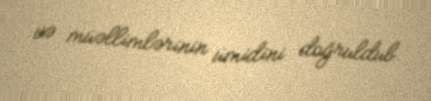
və müəllimlərinin ümidini doğruldub.